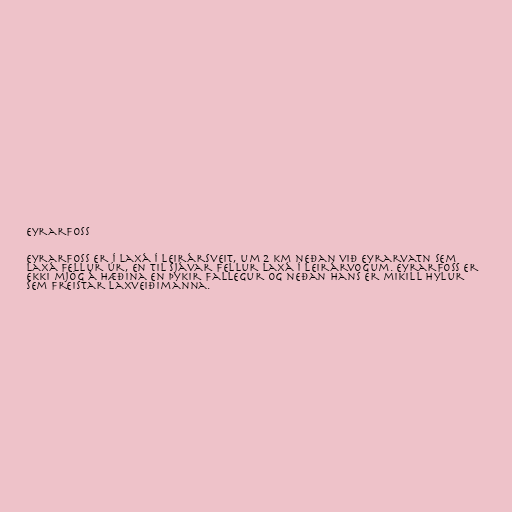
Eyrarfoss

Eyrarfoss er í Laxá í Leirársveit, um 2 km neðan við Eyrarvatn sem
Laxá fellur úr, en til sjávar fellur Laxá í Leirárvogum. Eyrarfoss er
ekki mjög á hæðina en þykir fallegur og neðan hans er mikill hylur
sem freistar laxveiðimanna.